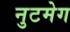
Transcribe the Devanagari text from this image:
नुटमेग